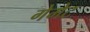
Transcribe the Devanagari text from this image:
गेमेट